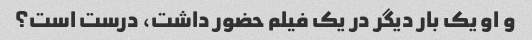
و او یک بار دیگر در یک فیلم حضور داشت، درست است؟